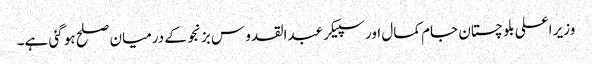
وزیر اعلی بلو چستان جام کمال اور سپیکر عبدالقدو س بزنجو کے درمیان صلح ہو گئی ہے۔